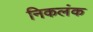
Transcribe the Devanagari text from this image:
निकलंक